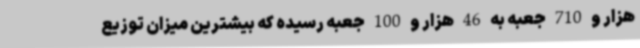
هزار و 710 جعبه به 46 هزار و 100 جعبه رسیده که بیشترین میزان توزیع